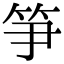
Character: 𥬁